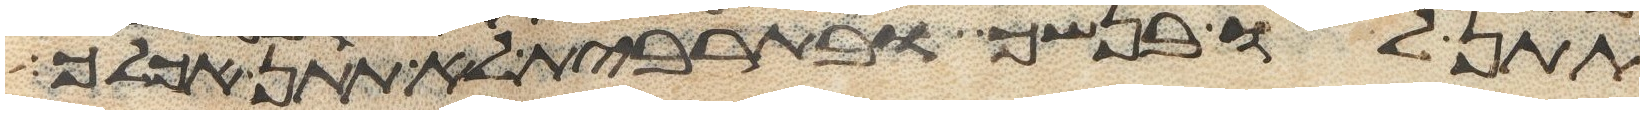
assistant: תתן לו בנשך ובתרבית לא תתן אכלך